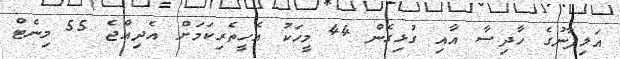
އަލިފާނުގެ ހާދިސާ އާއި ގުޅިގެން 44 މީހަކު އެހީތެރިކަމަށް އެދިއްޖެ 55 މިނެޓް